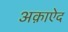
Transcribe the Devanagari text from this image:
अक़ाऐद